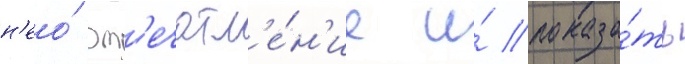
н'ео́ вп'ечатл'е́н'ие и́ показа́ть